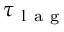
\tau _ { \mathrm { ~ l ~ a ~ g ~ } }